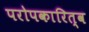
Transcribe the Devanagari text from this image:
परोपकारित्व